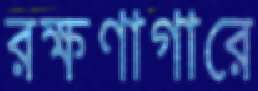
রক্ষণাগারে